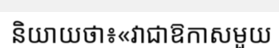
និយាយថា៖«វាជាឱកាសមួយ